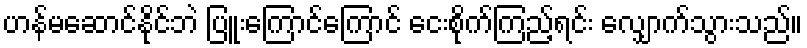
ဟန်မဆောင်နိုင်ဘဲ ပြူးကြောင်ကြောင် ငေးစိုက်ကြည့်ရင်း လျှောက်သွားသည်။